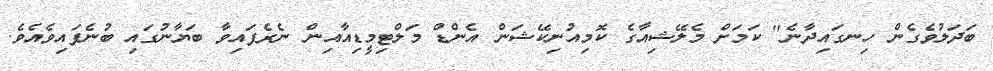
ބަދަލުވެގެން ހިނގައިދާނެ" ކަމަށް މެލޭޝިއާގެ ކޮމިއުނިކޭޝަން އެންޑް މަލްޓިމީޑިއާއިން ނެރެފައިވާ ބަޔާނުގައި ބުނެފައިވެއެވެ.